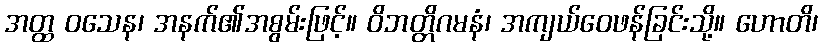
အတ္ထ ဝသေန၊ အနက်၏အစွမ်းဖြင့်။ ဝိဘတ္တိဂမနံ၊ အကျယ်ဝေဖန်ခြင်းသို့။ ဟောတိ၊